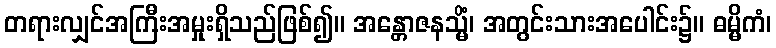
တရားလျှင်အကြီးအမှုးရှိသည်ဖြစ်၍။ အန္တောဇနသ္မိံ၊ အတွင်းသားအပေါင်း၌။ ဓမ္မိကံ၊